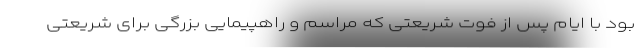
بود با ایام پس از فوت شریعتی که مراسم و راهپیمایی بزرگی برای شریعتی